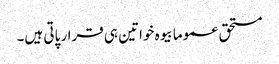
مستحق عموما بیوہ خواتین ہی قرار پاتی ہیں۔